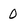
Character: 0